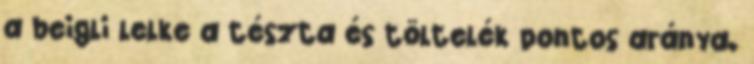
a beigli lelke a tészta és töltelék pontos aránya.